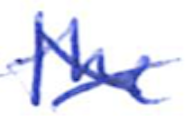
Text: the
Cross-out: cross
Writing tool: ballpoint